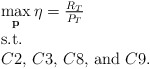
\begin{align*}\begin{array}{l}\mathop {\max }\limits_{\bf p} \eta=\frac{R_T}{P_T}\\{\rm{s}}{\rm{.t}}{\rm{.}}\\C2,\,C3,\,C8,\,{\rm and}\,\, C9.\end{array}\end{align*}